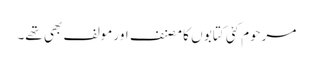
مرحوم کئی کتابو ں کا مصنف اور مولف بھی تھے۔